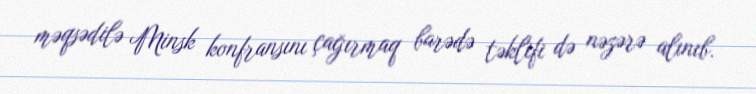
məqsədilə Minsk konfransını çağırmaq barədə təklifi də nəzərə alınıb.